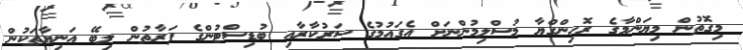
މިގޮތުން މިޔަންމާގެ ރޮހިންގްޔާ މުސްލިމުންނަށް އެގައުމުގެ ސަރުކާރާއި ބުޑިސްޓުންގެ ފަރާތުން ލިބޭ އަނިޔާތަކުން